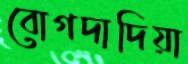
বোগদাদিয়া